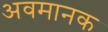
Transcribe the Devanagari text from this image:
अवमानक